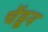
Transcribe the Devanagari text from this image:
चेंडून